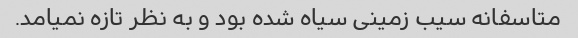
متاسفانه سیب زمینی سیاه شده بود و به نظر تازه نمیامد.